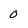
Character: o